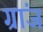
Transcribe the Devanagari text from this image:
ग्रांज